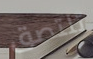
تلتصق